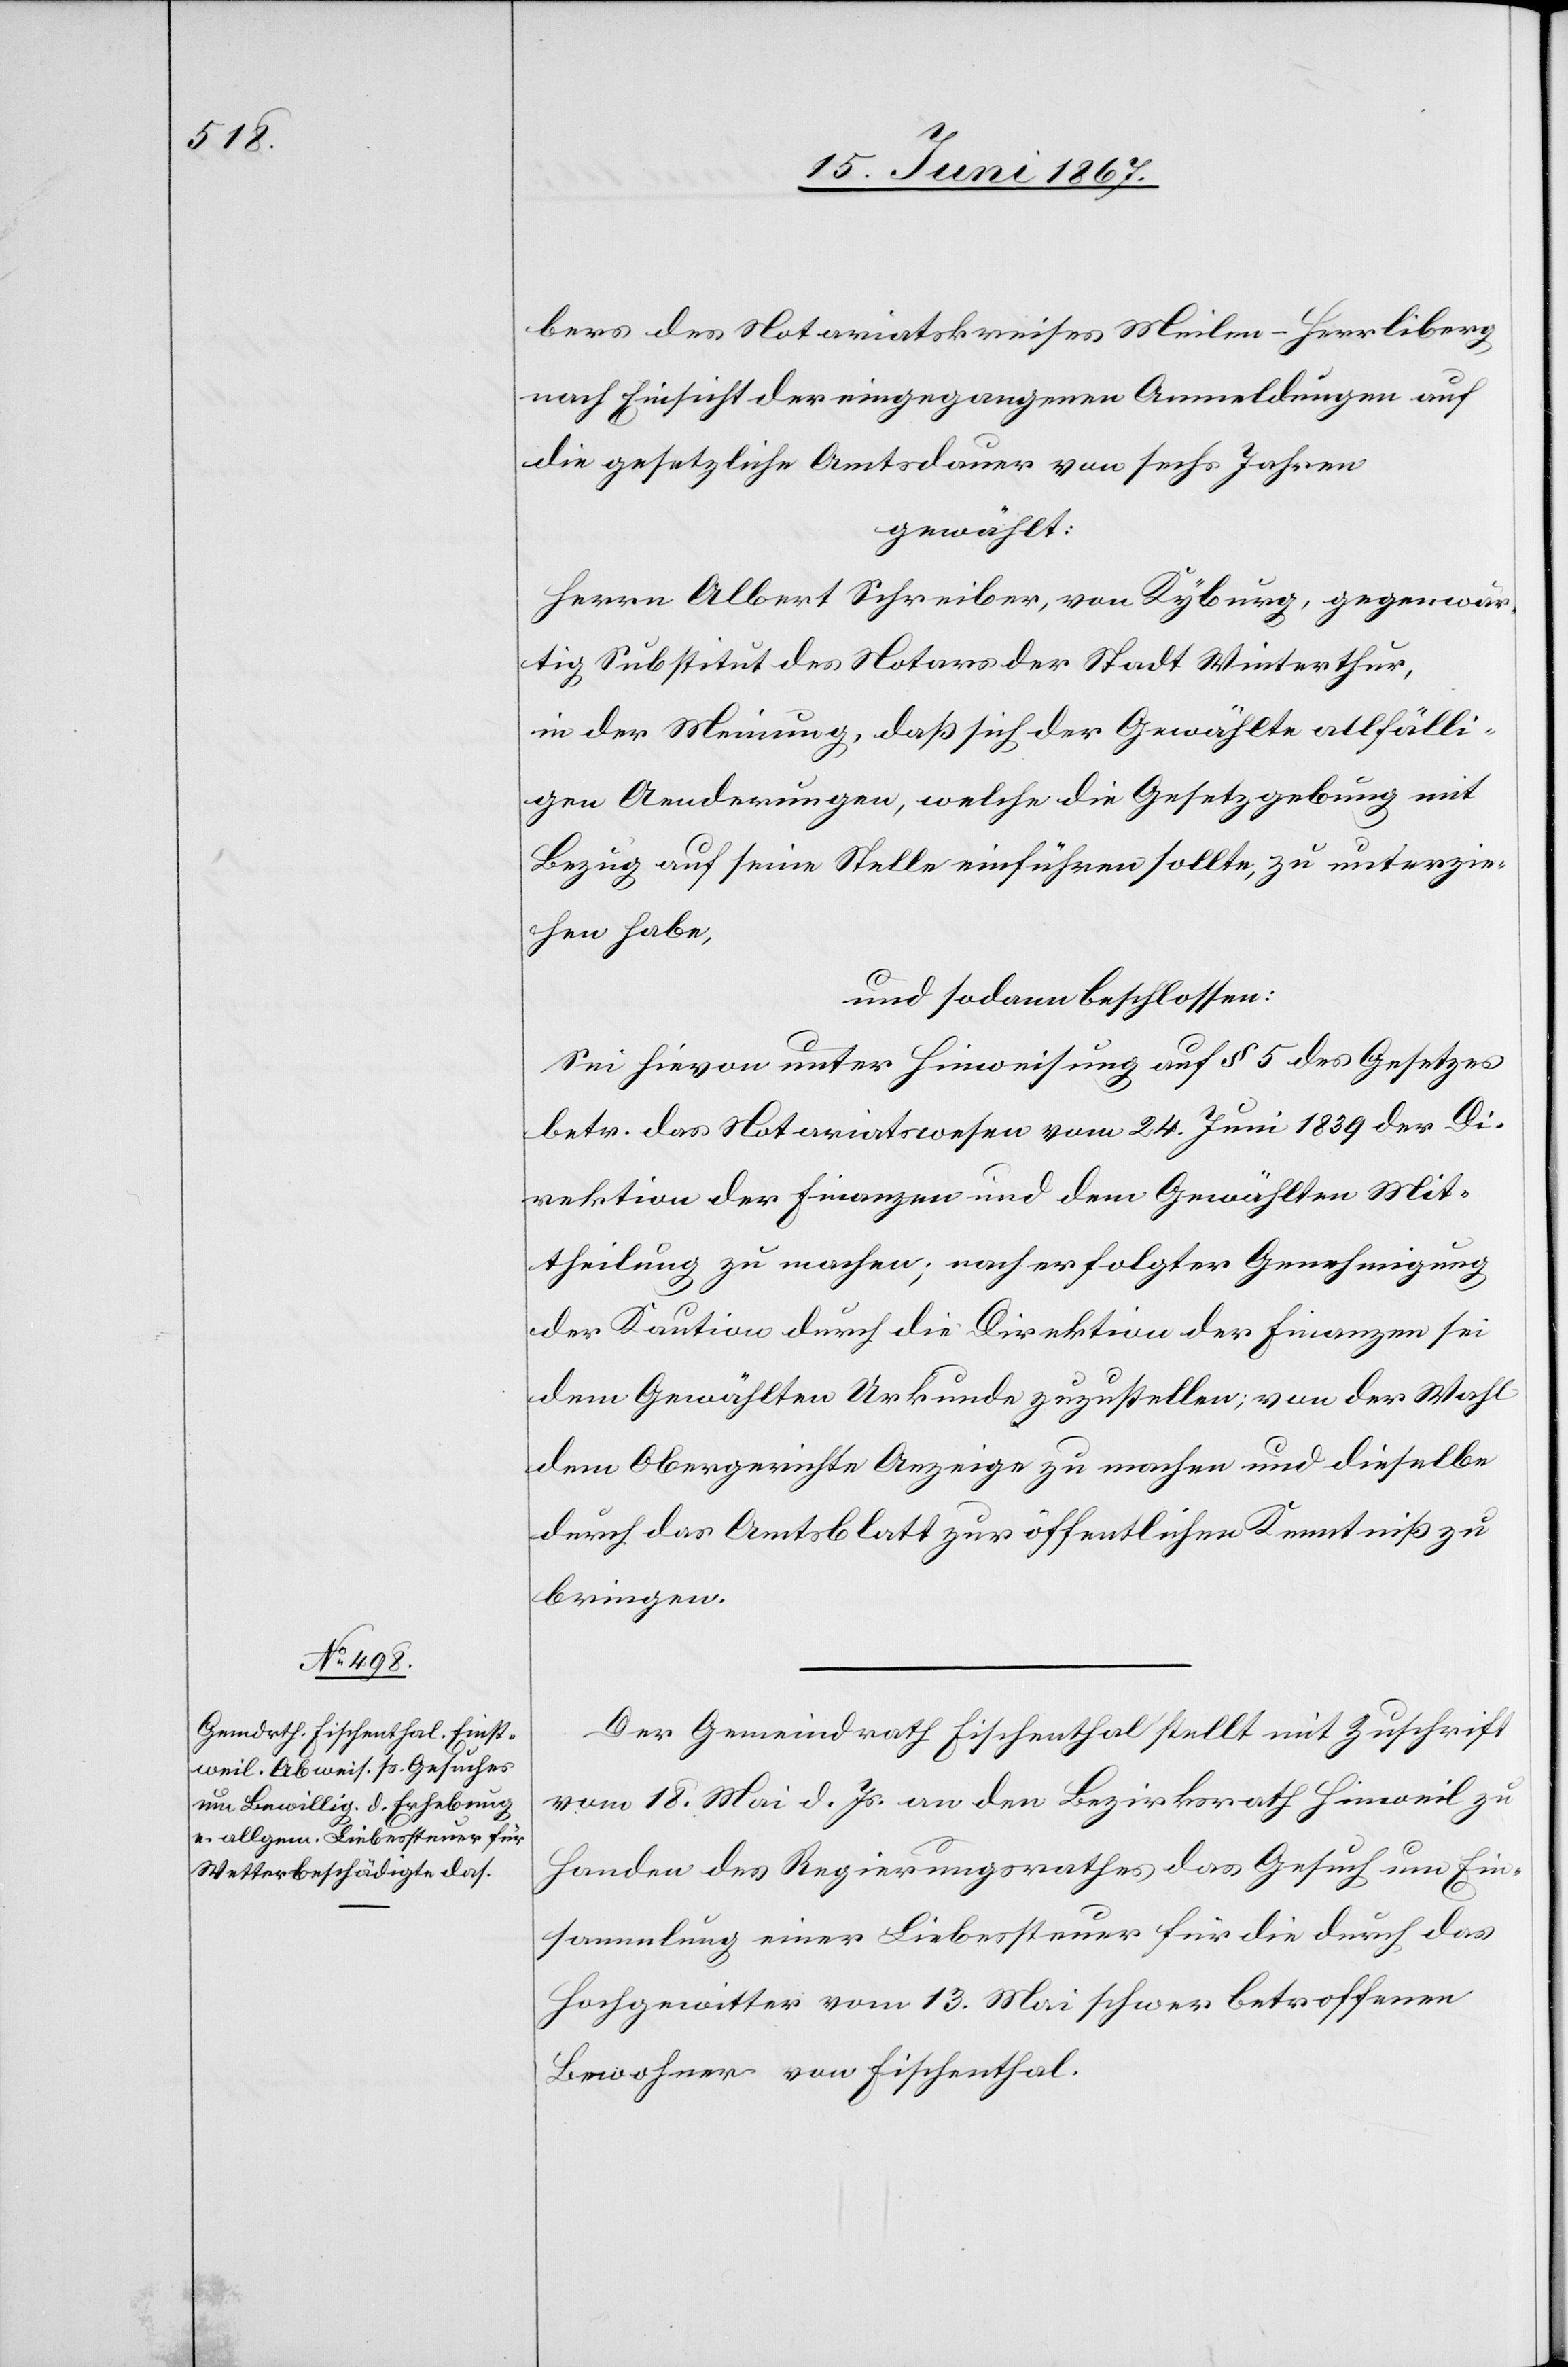
bers des Notariatskreises Meilen-Herrliberg
nach Einsicht der eingegangenen Anmeldungen auf
die gesetzliche Amtsdauer von sechs Jahren
gewählt:
Herrn Albert Schreiber, von Kyburg, gegenwär¬
tig Substitut des Notars der Stadt Winterthur,
in der Meinung, daß sich der Gewählte allfälli¬
gen Aenderungen, welche die Gesetzgebung mit
Bezug auf seine Stelle einführen sollte, zu unterzie¬
hen habe,
und sodann beschlossen:
Sei hievon unter Hinweisung auf § 5 des Gesetzes
betr. das Notariatswesen vom 24. Juni 1839 der Di¬
rektion der Finanzen und dem Gewählten Mit¬
theilung zu machen; nach erfolgter Genehmigung
der Kaution durch die Direktion der Finanzen sei
dem Gewählten Urkunde zuzustellen; von der Wahl
dem Obergerichte Anzeige zu machen und dieselbe
durch das Amtsblatt zur öffentlichen Kenntniß zu
bringen.
Der Gemeindrath Fischenthal stellt mit Zuschrift
vom 18. Mai d. Js. an den Bezirksrath Hinweil zu
Handen des Regierungsrathes das Gesuch um Ein¬
sammlung einer Liebessteuer für die durch das
Hochgewitter vom 13. Mai schwer betroffenen
Bewohner von Fischenthal.